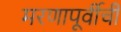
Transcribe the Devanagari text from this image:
मरणापूर्वीची